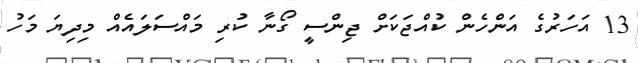
13 އަހަރުގެ އަންހެން ކުއްޖަކަށް ޖިންސީ ގޯނާ ކުރި މައްސަލައެއް މިދިޔަ މަހު